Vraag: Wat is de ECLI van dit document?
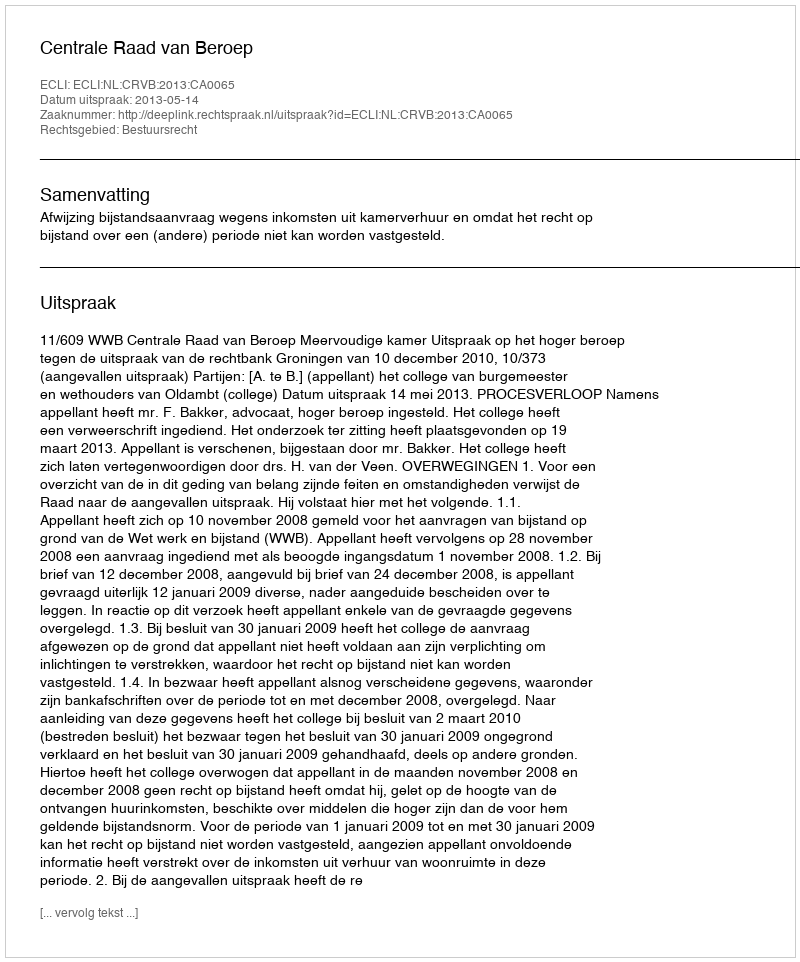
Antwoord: ECLI:NL:CRVB:2013:CA0065